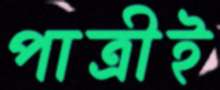
পাত্রীই